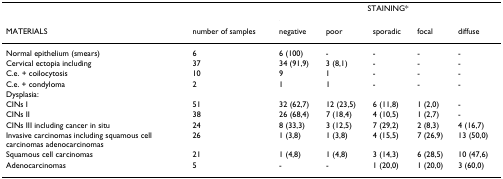
|  |  | <COLSPAN=5> STAINING* |
 | MATERIALS | number of samples | negative | poor | sporadic | focal | diffuse |
 | --- | --- | --- | --- | --- | --- | --- |
 | Normal epithelium (smears) | 6 | 6 (100) | - | - | - | - |
 | Cervical ectopia including | 37 | 34 (91,9) | 3 (8,1) | - | - | - |
 | C.e. + coilocytosis | 10 | 9 | 1 | - | - | - |
 | C.e. + condyloma | 2 | 1 | 1 | - | - | - |
 | Dysplasia: |  |  |  |  |  |  |
 | CINs I | 51 | 32 (62,7) | 12 (23,5) | 6 (11,8) | 1 (2,0) | - |
 | CINs II | 38 | 26 (68,4) | 7 (18,4) | 4 (10,5) | 1 (2,7) | - |
 | CINs III including cancer in situ | 24 | 8 (33,3) | 3 (12,5) | 7 (29,2) | 2 (8,3) | 4 (16,7) |
 | Invasive carcinomas including squamous cell carcinomas adenocarcinomas | 26 | 1 (3,8) | 1 (3,8) | 4 (15,5) | 7 (26,9) | 13 (50,0) |
 | Squamous cell carcinomas | 21 | 1 (4,8) | 1 (4,8) | 3 (14,3) | 6 (28,5) | 10 (47,6) |
 | Adenocarcinomas | 5 | - | - | 1 (20,0) | 1 (20,0) | 3 (60,0) |